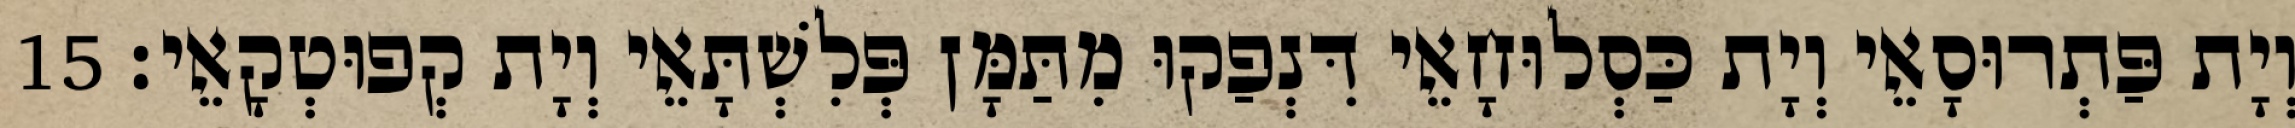
וְיָת פַּתְרוּסָאֵי וְיָת כַּסְלוּחָאֵי דִּנְפַקוּ מִתַּמָּן פְּלִשְׁתָּאֵי וְיָת קְפוּטְקָאֵי׃ 15